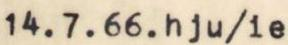
14.7.66.hju/ie